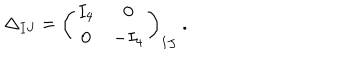
LaTeX: \Delta _ { I J } = \left( \begin{array} { c c } { { I _ { 4 } } } & { { 0 } } \\ { { 0 } } & { { - I _ { 4 } } } \\ \end{array} \right) _ { I J } ~ .